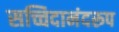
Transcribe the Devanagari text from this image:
सच्चिदानंदरूप